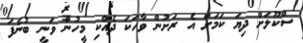
ސްކޫލަށް ދިޔަ ކަމަށް އެ ރަށުން ވާހަކަ ދެއްކި މީހުން ވަނީ ބުނެފަ